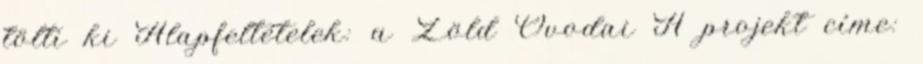
tölti ki Alapfeltételek: a Zöld Óvodai A projekt címe: